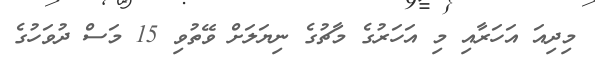
މިދިއަ އަހަރާއި މި އަހަރުގެ މާޗުގެ ނިޔަލަށް ވޭތުވި 15 މަސް ދުވަހުގެ